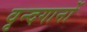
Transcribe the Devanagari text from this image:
वृन्दगानों